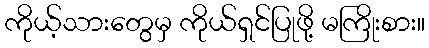
ကိုယ့်သားတွေမှ ကိုယ်ရှင်ပြုဖို့ မကြိုးစား။